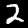
Digit: 2